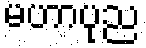
မဟာပုည